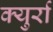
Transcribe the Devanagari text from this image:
क्युर्रा